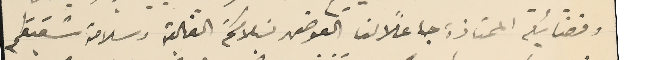
وفضائيله الممتازة جاعلًا لنا العوض بسَلامتكم الغالية وسلامة شقيقكم